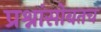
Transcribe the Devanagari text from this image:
प्रश्नांसोबतच